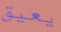
يعيق